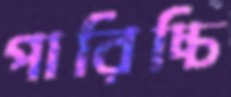
পারিচ্চি